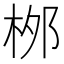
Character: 桞